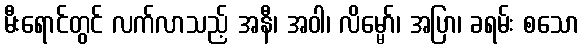
မီးရောင်တွင် လက်လာသည့် အနီ၊ အဝါ၊ လိမ္မော်၊ အပြာ၊ ခရမ်း စသော